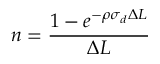
n = \frac { 1 - e ^ { - \rho \sigma _ { d } \Delta L } } { \Delta L }